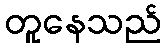
တူနေသည်